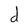
Character: d